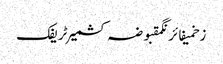
زخمیفائرنگمقبوضہ کشمیرٹریفک